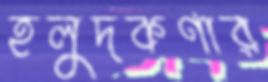
হলুদকণার